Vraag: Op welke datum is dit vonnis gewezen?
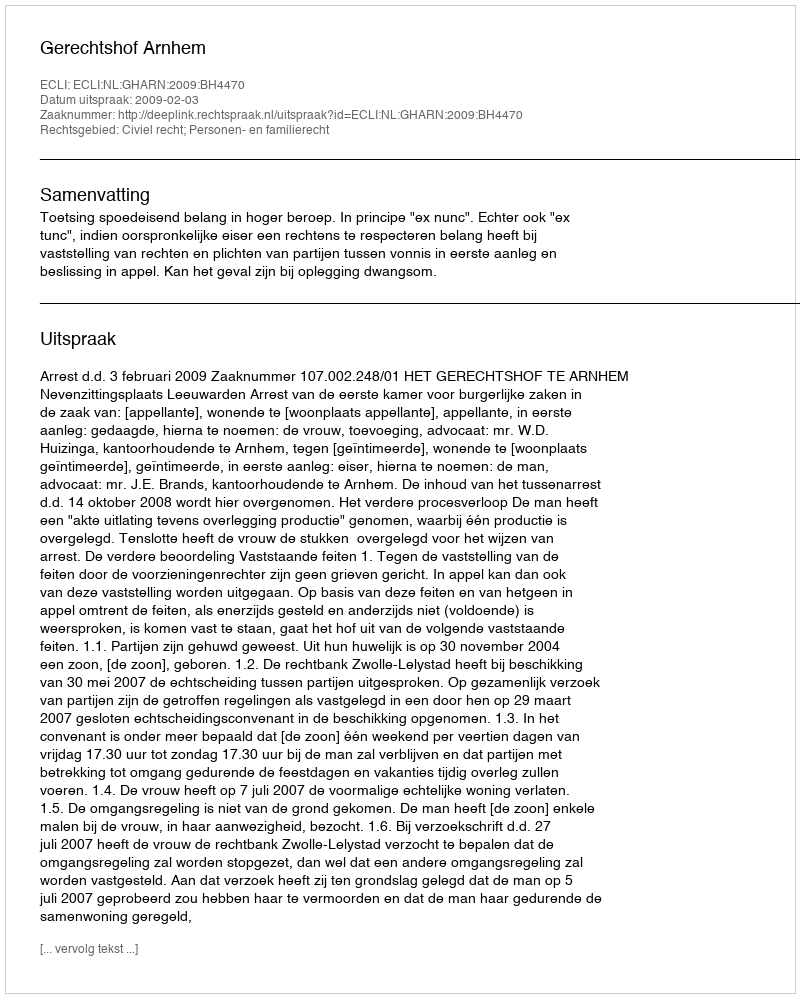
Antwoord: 2009-02-03